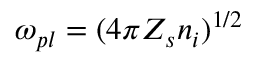
\omega _ { p l } = ( 4 \pi Z _ { s } n _ { i } ) ^ { 1 / 2 }